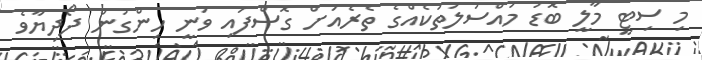
މި ސިޓީ މާލީ ބޮޑު މައްސަލަތަކެއްގެ ތެރެއަށް ގޮސްފައި ވަނީ ހިންގުން ދޯދިޔާވެ